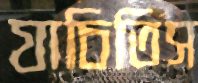
যাচিতিস